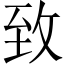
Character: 致